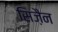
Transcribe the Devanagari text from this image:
सिज़ैन